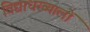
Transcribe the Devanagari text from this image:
विद्याधरव्यालों